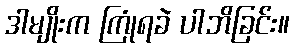
ဒါမျိုးက ကြုံရခဲ ပါဘိခြင်း။